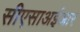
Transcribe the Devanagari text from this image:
सीएसाअईआर